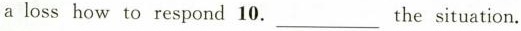
aloss how to respond 10.___ the situation.